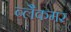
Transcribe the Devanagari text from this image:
ब्लैकमर